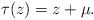
LaTeX: \begin{align*}\tau(z) = z + \mu.\end{align*}